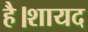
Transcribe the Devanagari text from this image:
है।शायद